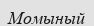
Момыный